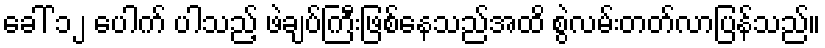
ခေါ် ၁၂ ပေါက် ပါသည့် ဖဲချပ်ကြီးဖြစ်နေသည်အထိ စွဲလမ်းတတ်လာပြန်သည်။